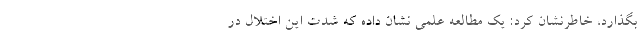
بگذارد، خاطرنشان کرد: یک مطالعه علمی نشان داده که شدت این اختلال در